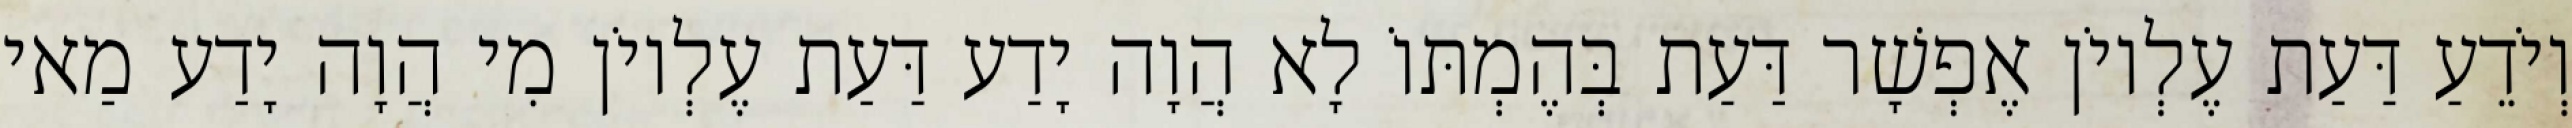
וְיֹדֵעַ דַּעַת עֶלְיוֹן אֶפְשָׁר דַּעַת בְּהֶמְתּוֹ לָא הֲוָה יָדַע דַּעַת עֶלְיוֹן מִי הֲוָה יָדַע מַאי